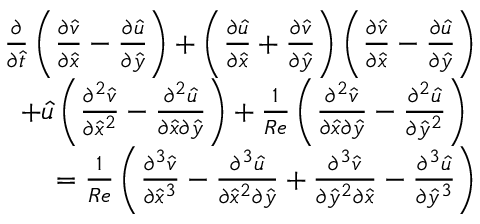
\begin{array} { r } { \frac { \partial } { \partial \hat { t } } \left( { \frac { \partial \hat { v } } { \partial \hat { x } } - \frac { \partial \hat { u } } { \partial \hat { y } } } \right) + \left( { \frac { \partial \hat { u } } { \partial \hat { x } } + \frac { \partial \hat { v } } { \partial \hat { y } } } \right) \left( { \frac { \partial \hat { v } } { \partial \hat { x } } - \frac { \partial \hat { u } } { \partial \hat { y } } } \right) } \\ { + \hat { u } \left( { \frac { \partial ^ { 2 } \hat { v } } { \partial { \hat { x } } ^ { 2 } } - \frac { \partial ^ { 2 } \hat { u } } { \partial \hat { x } \partial \hat { y } } } \right) + \frac { 1 } { R e } \left( { \frac { \partial ^ { 2 } \hat { v } } { \partial \hat { x } \partial \hat { y } } - \frac { \partial ^ { 2 } \hat { u } } { \partial { \hat { y } } ^ { 2 } } } \right) ~ } \\ { = \frac { 1 } { R e } \left( { \frac { \partial ^ { 3 } \hat { v } } { \partial { \hat { x } } ^ { 3 } } - \frac { \partial ^ { 3 } \hat { u } } { \partial { \hat { x } } ^ { 2 } \partial \hat { y } } + \frac { \partial ^ { 3 } \hat { v } } { \partial { \hat { y } } ^ { 2 } \partial \hat { x } } - \frac { \partial ^ { 3 } \hat { u } } { \partial { \hat { y } } ^ { 3 } } } \right) } \end{array}